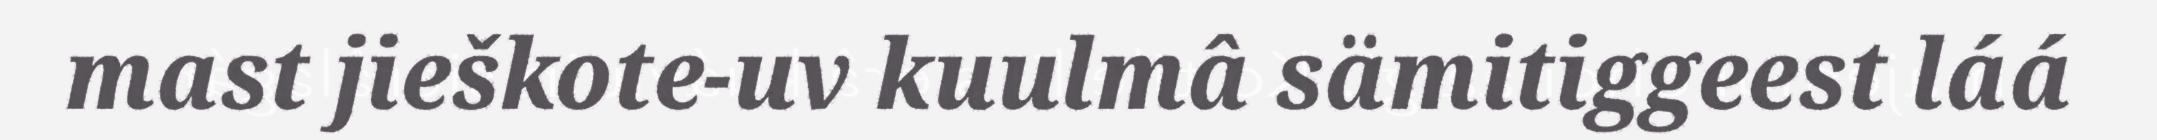
mast jieškote-uv kuulmâ sämitiggeest láá